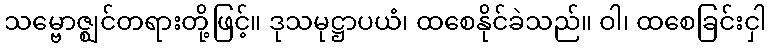
သမ္ဗောဇ္ဈင်တရားတို့ဖြင့်။ ဒုသမုဋ္ဌာပယံ၊ ထစေနိုင်ခဲသည်။ ဝါ၊ ထစေခြင်းငှါ